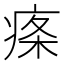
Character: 𤶫